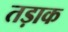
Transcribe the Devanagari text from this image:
तड़ाक